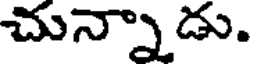
చున్నాడు.